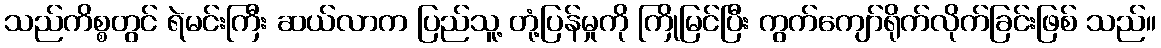
သည်ကိစ္စတွင် ရဲမင်းကြီး ဆယ်လာက ပြည်သူ့ တုံ့ပြန်မှုကို ကြိုမြင်ပြီး ကွက်ကျော်ရိုက်လိုက်ခြင်းဖြစ် သည်။